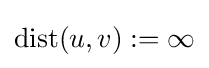
\operatorname {dist} (u,v):=\infty